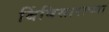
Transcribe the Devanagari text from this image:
बिंबिसाराच्या